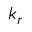
k _ { r }